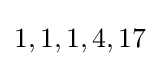
1,1,1,4,17